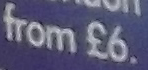
from €6